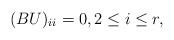
LaTeX: \begin{align*}(BU)_{ii}=0,2\leq i\leq r,\end{align*}